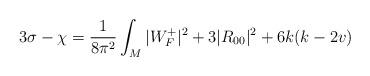
LaTeX: \begin{align*}3 \sigma - \chi = \frac{1}{8\pi^2}\int_M |W_F^+|^2 + 3|R_{00}|^2 + 6k(k-2v)\end{align*}